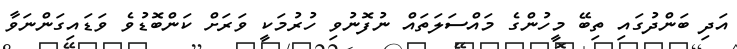
އަދި ބަންދުގައި ތިބޭ މީހުންގެ މައްސަލަތައް ނުފޮނުވި ހުރުމަކީ ވަރަށް ކަންބޮޑުވެ ވަޑައިގަންނަވާ